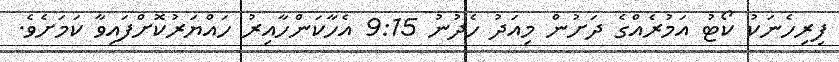
ފިރިހެނަކު ކޯޓު އަމުރެއްގެ ދަށުން މިއަދު ހެދުނު 9:15 އެހާކަންހާއިރު ހައްޔަރުކޮށްފައިވާ ކަމަށެވެ.